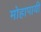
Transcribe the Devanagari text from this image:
मोहापायी